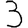
Digit: 3